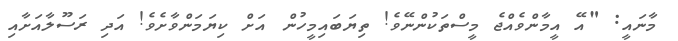
މާނައީ: " އޭ އީމާންވެއްޖެ މީސްތަކުންނޭވެ! ތިޔަބައިމީހުން  އަށް ކިޔަމަންވާށެވެ! އަދި ރަސޫލާއަށާއި